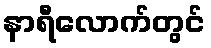
နာရီလောက်တွင်